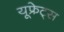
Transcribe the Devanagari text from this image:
यूफ्रेट्स